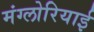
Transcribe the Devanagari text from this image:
मंग्लोरियाई